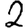
Digit: 2